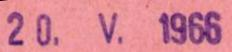
20. V. 1966